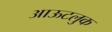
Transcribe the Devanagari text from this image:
आऊटलुक